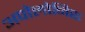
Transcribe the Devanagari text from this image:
अपोलोनिस